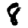
Digit: 8